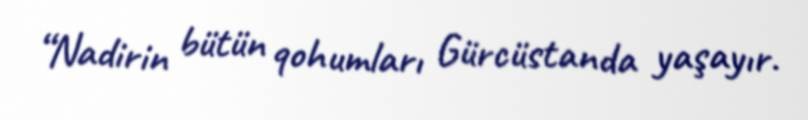
“Nadirin bütün qohumları Gürcüstanda yaşayır.